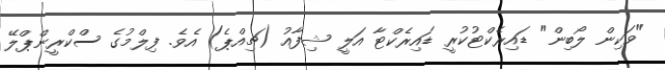
"ވަކިން ލޯބިން" ޑައިރެކްޓުކުރީ ޑައިރެކްޓާ އަލީ ޝިފާއު (ޗިއްޕެ) އެވެ. ފިލްމުގެ ސްކްރީންޕްލޭ